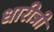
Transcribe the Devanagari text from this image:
धारीत्री